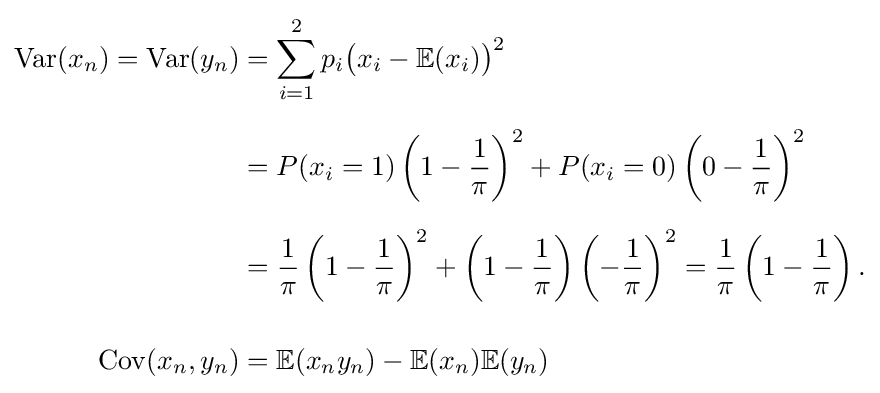
{\begin{aligned}\operatorname {Var} (x_{n})=\operatorname {Var} (y_{n})&=\sum _{i=1}^{2}p_{i}{\bigl (}x_{i}-\mathbb {E} (x_{i}){\bigr )}^{2}\\[6px]&=P(x_{i}=1)\left(1-{\frac {1}{\pi }}\right)^{2}+P(x_{i}=0)\left(0-{\frac {1}{\pi }}\right)^{2}\\[6px]&={\frac {1}{\pi }}\left(1-{\frac {1}{\pi }}\right)^{2}+\left(1-{\frac {1}{\pi }}\right)\left(-{\frac {1}{\pi }}\right)^{2}={\frac {1}{\pi }}\left(1-{\frac {1}{\pi }}\right).\\[12px]\operatorname {Cov} (x_{n},y_{n})&=\mathbb {E} (x_{n}y_{n})-\mathbb {E} (x_{n})\mathbb {E} (y_{n})\end{aligned}}